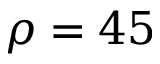
\rho = 4 5